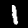
Label: 1